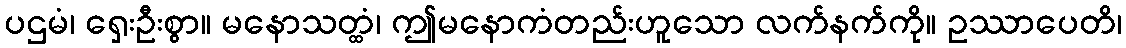
ပဌမံ၊ ရှေးဦးစွာ။ မနောသတ္ထံ၊ ဤမနောကံတည်းဟူသော လက်နက်ကို။ ဥဿာပေတိ၊